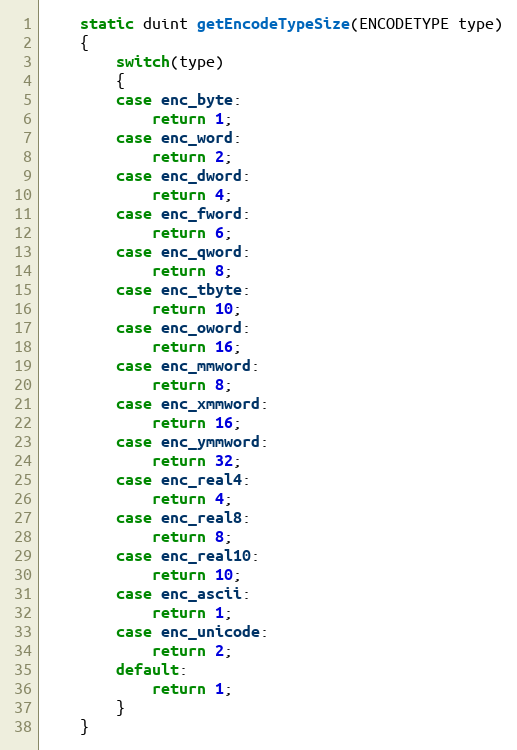
Language: C
    static duint getEncodeTypeSize(ENCODETYPE type)
    {
        switch(type)
        {
        case enc_byte:
            return 1;
        case enc_word:
            return 2;
        case enc_dword:
            return 4;
        case enc_fword:
            return 6;
        case enc_qword:
            return 8;
        case enc_tbyte:
            return 10;
        case enc_oword:
            return 16;
        case enc_mmword:
            return 8;
        case enc_xmmword:
            return 16;
        case enc_ymmword:
            return 32;
        case enc_real4:
            return 4;
        case enc_real8:
            return 8;
        case enc_real10:
            return 10;
        case enc_ascii:
            return 1;
        case enc_unicode:
            return 2;
        default:
            return 1;
        }
    }